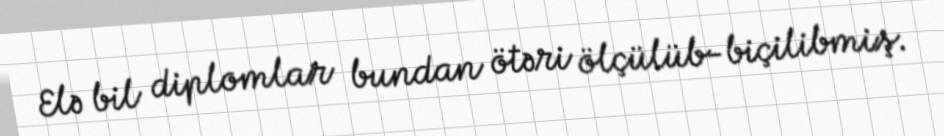
Elə bil diplomlar bundan ötəri ölçülüb-biçilibmiş.